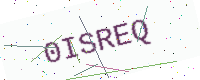
Text: 0ISREQ